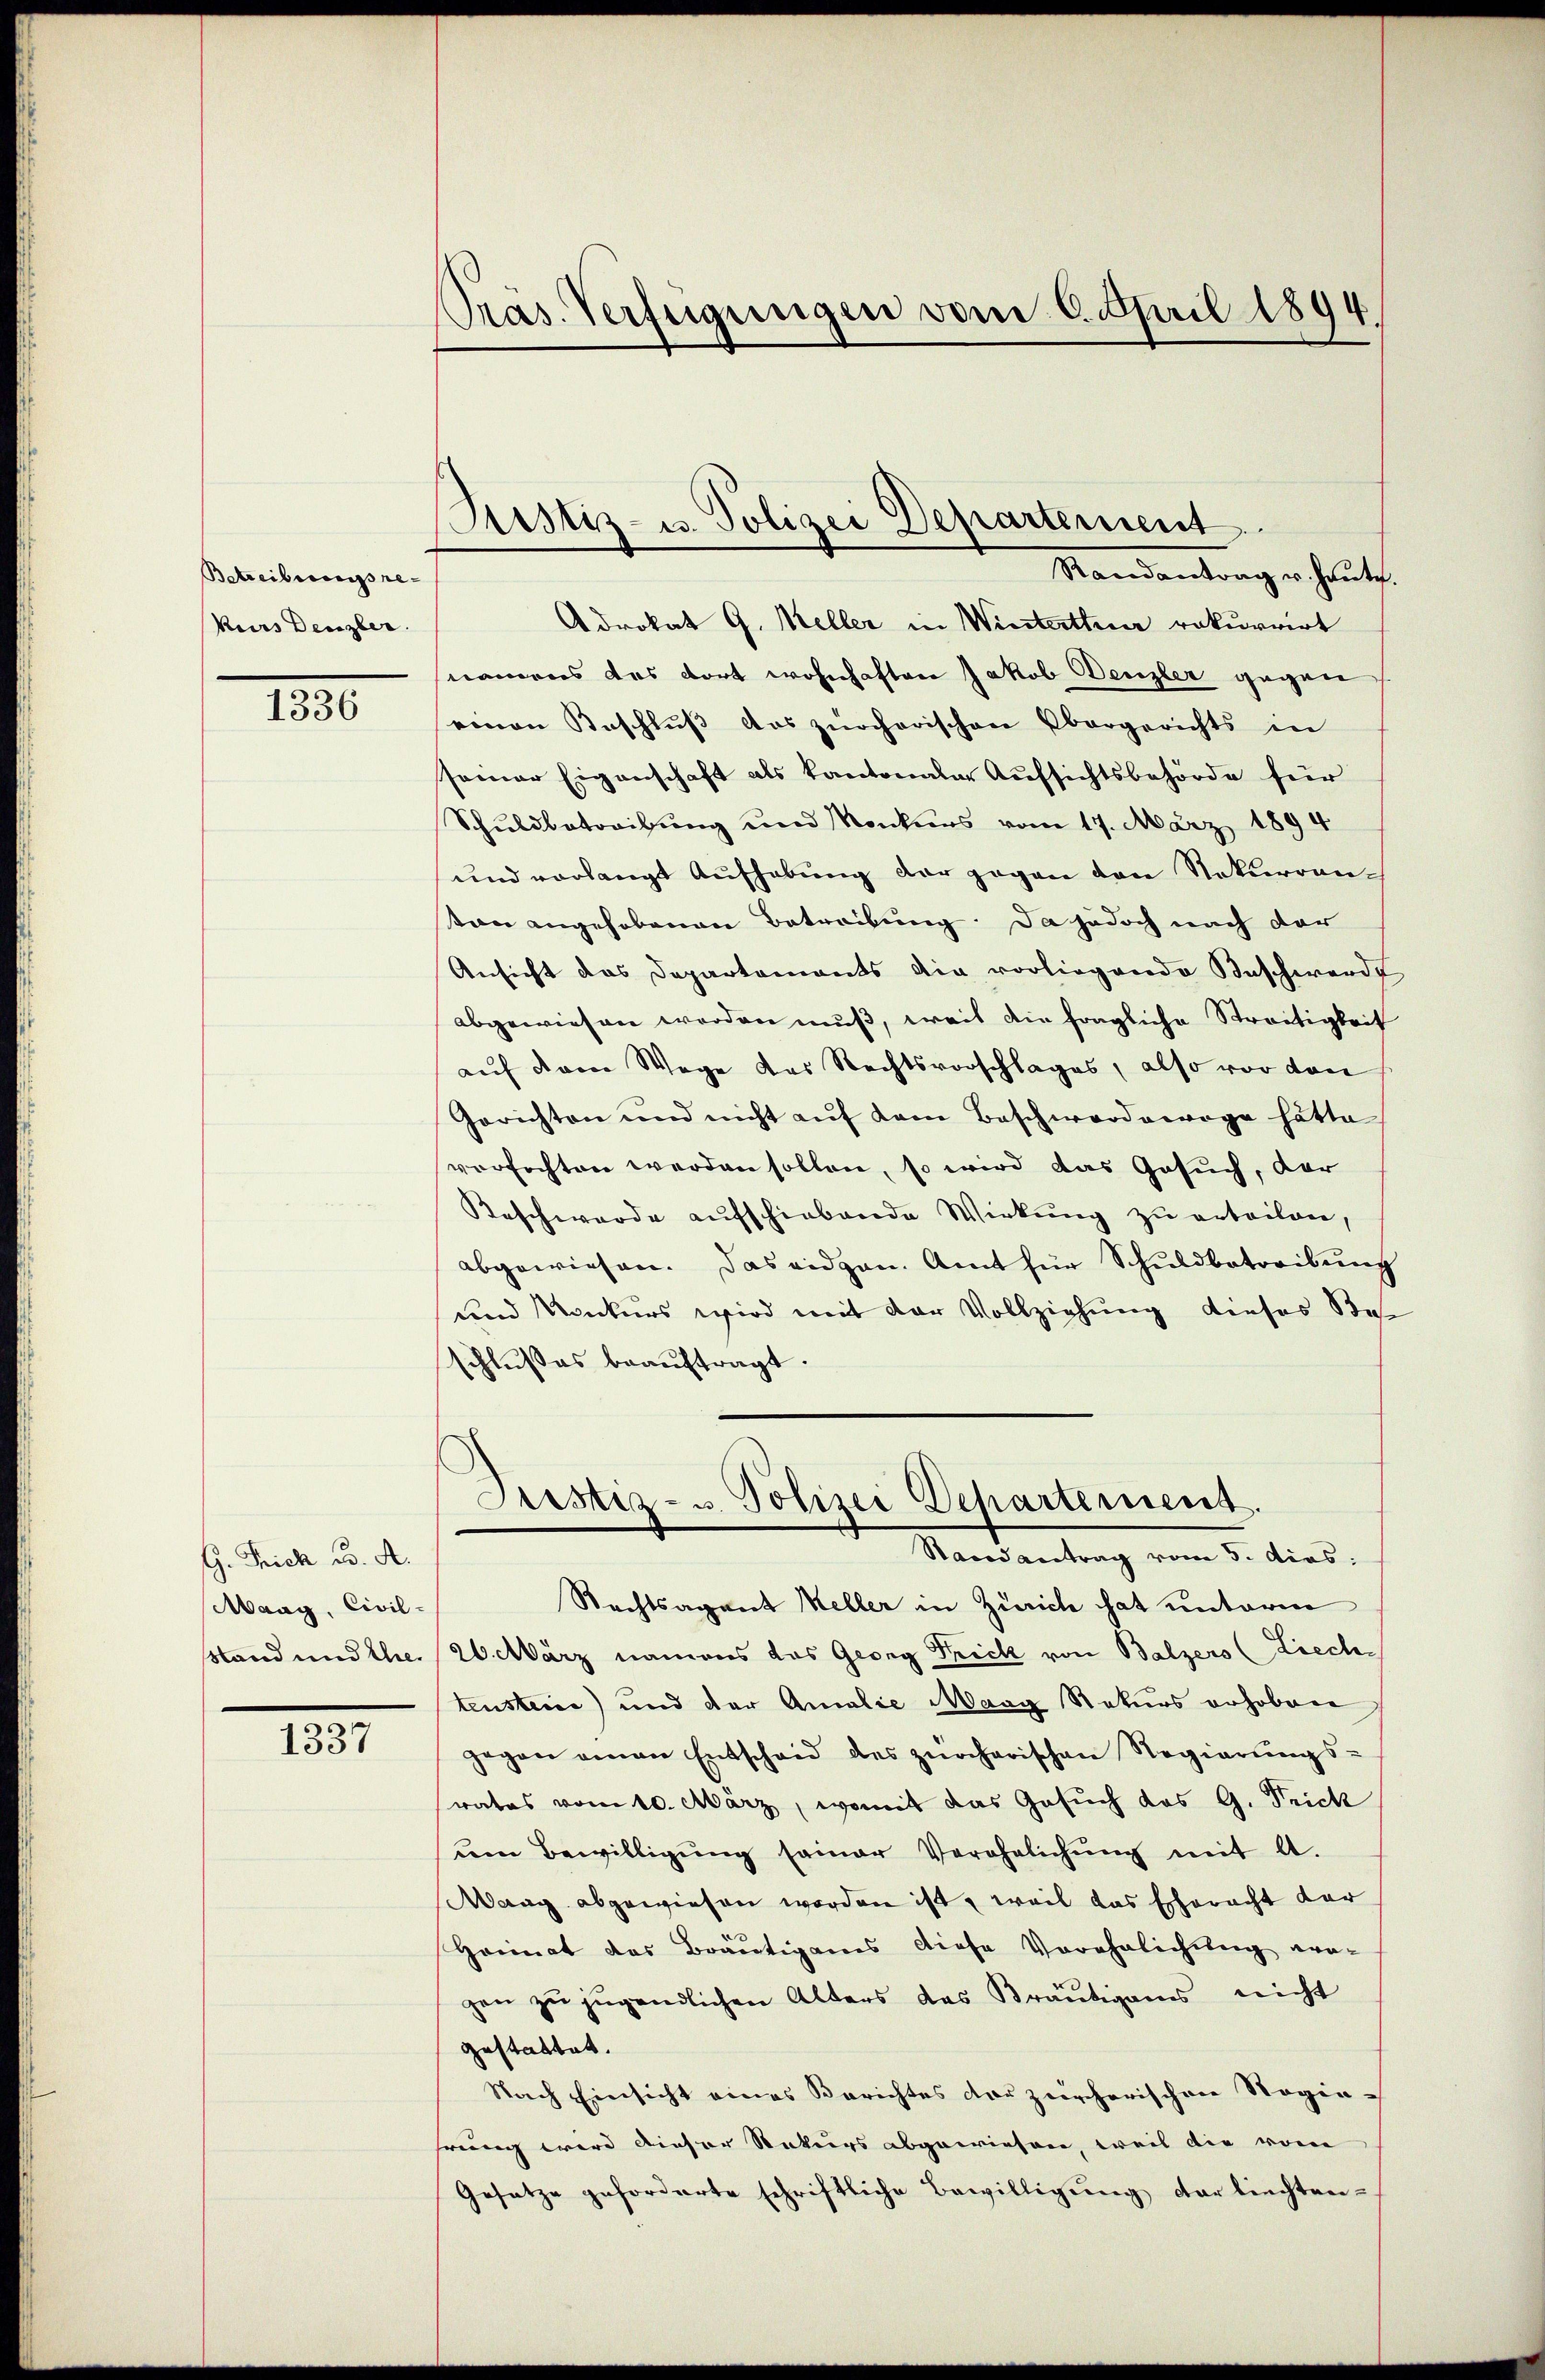
Betreibungsrekurs Denzber

18

G. Frick u. A.
Maag, Civil-

1337

Pras. Verfügungen vom 6. April 1894.

ustiz- u. Polizei Departement.
Randantrag er heute.

Adrokat G. Keller in Winterthur rekurrirt
nommens des dort wohnhaften Jakob Denzler gegen
einen Beschlŭβ das zürcherischen Obergerichts in
seiner Eigenschaft als kantonaler Aufsichtsbehörde für
Schuldbetreibung und Konkurs vom 17. März 1894
und vorlangt Aufhebung der gegen von Nokurrenton angehobenen Betreibung. Da jedoch nach der
Ansicht das Departements die vorliegende Beschwerde
abgewiesen werden muß, weil die fragliche Streitigkeit
auf dem Wege das Rechtsvorschlages, also vor den
Gerichten und nicht aŭf dem Beschworderoga hätte
verfochten werden sollen, so wird das Gesuch, der
Beschwerde aufschiebende Wirkung zu erteilen,
abgewiesen. Das eidgen. Amt für Schuldbetreibung
und Konkurs wird mit der Vollziehung dieses Bes
schlusses beauftragt.

Justiz- u. Polizei Departement.
Randantrag vom 5. dies:

Rechtsagent Keller in Zürich hat unterm
Stand und thei 20. März namens das Georg Frick von Balzers (Liechtenstein) und der Amalie Maag Rekurs erhoben
gegen einen Entscheid des zürcherischen Regierŭngs-
rates vom 10. März, womit das Gesuch das G. Frick
um Bewilligŭng seiner Verehelichŭng mit A.
Waag abgewiesen worden ist, weil das Echaracht der
Heimat das Bräutigams diese Verehelichung ver-
gen zŭ jugendlichen Alters des Bräŭtigams nicht
gestattet.
Nach Einsicht eines Berichtes der zürcherischen Regiehrung wird dieser Rekurs abgewiesen, weil die von
Gesetze geforderte schriftliche Bewilligung der liechten¬